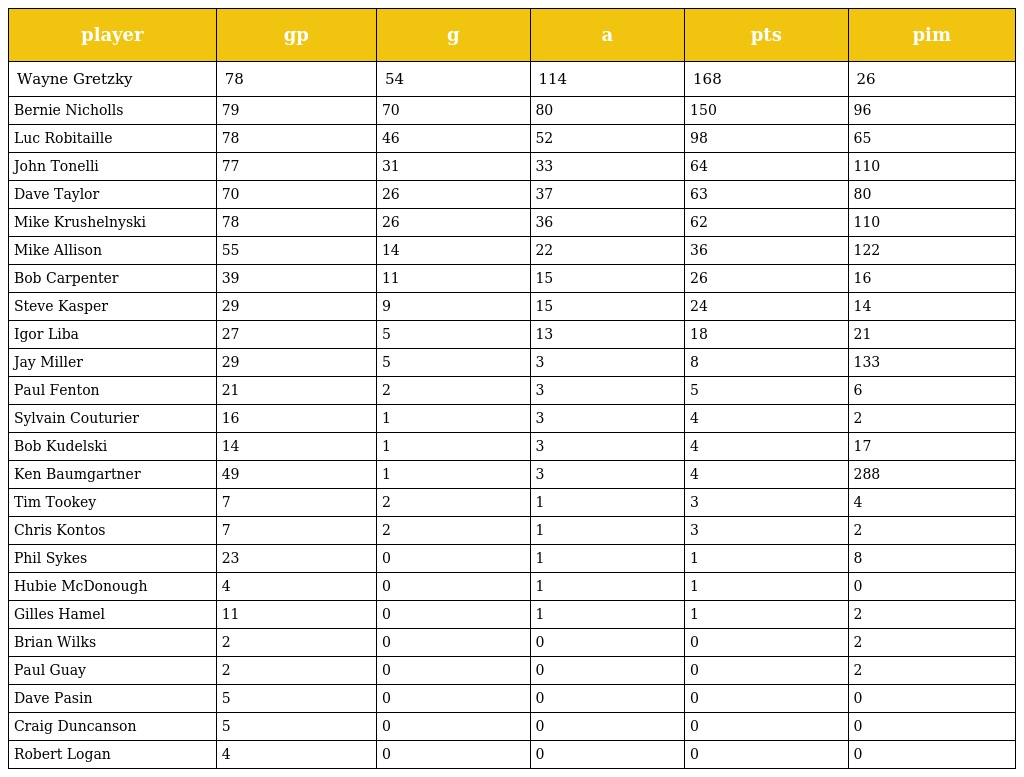
| player | gp | g | a | pts | pim |
 | --- | --- | --- | --- | --- | --- |
 | Wayne Gretzky | 78 | 54 | 114 | 168 | 26 |
 | Bernie Nicholls | 79 | 70 | 80 | 150 | 96 |
 | Luc Robitaille | 78 | 46 | 52 | 98 | 65 |
 | John Tonelli | 77 | 31 | 33 | 64 | 110 |
 | Dave Taylor | 70 | 26 | 37 | 63 | 80 |
 | Mike Krushelnyski | 78 | 26 | 36 | 62 | 110 |
 | Mike Allison | 55 | 14 | 22 | 36 | 122 |
 | Bob Carpenter | 39 | 11 | 15 | 26 | 16 |
 | Steve Kasper | 29 | 9 | 15 | 24 | 14 |
 | Igor Liba | 27 | 5 | 13 | 18 | 21 |
 | Jay Miller | 29 | 5 | 3 | 8 | 133 |
 | Paul Fenton | 21 | 2 | 3 | 5 | 6 |
 | Sylvain Couturier | 16 | 1 | 3 | 4 | 2 |
 | Bob Kudelski | 14 | 1 | 3 | 4 | 17 |
 | Ken Baumgartner | 49 | 1 | 3 | 4 | 288 |
 | Tim Tookey | 7 | 2 | 1 | 3 | 4 |
 | Chris Kontos | 7 | 2 | 1 | 3 | 2 |
 | Phil Sykes | 23 | 0 | 1 | 1 | 8 |
 | Hubie McDonough | 4 | 0 | 1 | 1 | 0 |
 | Gilles Hamel | 11 | 0 | 1 | 1 | 2 |
 | Brian Wilks | 2 | 0 | 0 | 0 | 2 |
 | Paul Guay | 2 | 0 | 0 | 0 | 2 |
 | Dave Pasin | 5 | 0 | 0 | 0 | 0 |
 | Craig Duncanson | 5 | 0 | 0 | 0 | 0 |
 | Robert Logan | 4 | 0 | 0 | 0 | 0 |